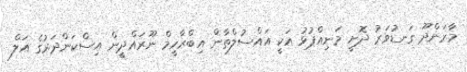
މާރަންދޫ ގަނޑުވަރު ދޮށީ މަނިއްޕުޅު އަކީ އައްސުލްޠާން އިބްރާހީމް ނޫރައްދީން އިސްކަންދަރުގެ އަލް